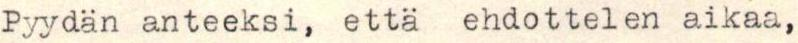
Pyydän anteeksi, että ehdottelen aikaa,